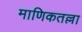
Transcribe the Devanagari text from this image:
माणिकतल्ला